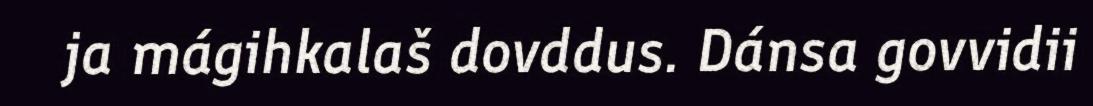
ja mágihkalaš dovddus. Dánsa govvidii